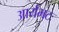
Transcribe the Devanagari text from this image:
आर्यभटः